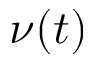
\nu ( t )